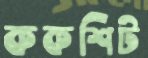
ককশিট